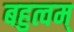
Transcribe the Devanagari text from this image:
बहुत्वम्